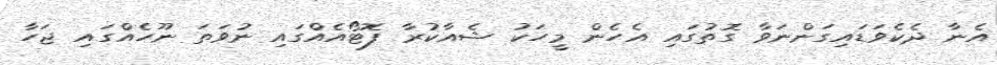
އެނާ ދެކެވަޑައިގަންނަވާ ގޮތުގައި އެހެން މީހަކު ޝެއާކުރާ ފޮޓޯއެއްގައި ނުވަތަ ނޫހެއްގައި ޖަހާ